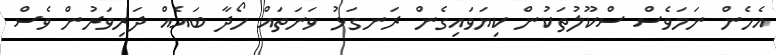
އެހެން ނަމަވެސް ސްކޫލުތަކުން ކިޔަވައިގެން ރަނގަޅު ވަނަތައް ހޯދާ ބައެއް ދަރިވަރުން ވެސް